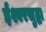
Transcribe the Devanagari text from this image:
ईश्वरसुद्धा